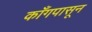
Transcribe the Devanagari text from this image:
काँगपासून